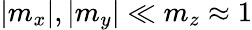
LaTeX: \vert m_{x}\vert,\vert m_{y}\vert\ll m_{z}\approx 1